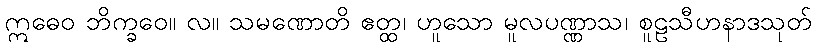
ဣဓေဝ ဘိက္ခဝေ။ လ။ သမဏောတိ ဧတ္ထ၊ ဟူသော မူလပဏ္ဏာသ၊ စူဠသီဟနာဒသုတ်